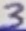
Text: 3